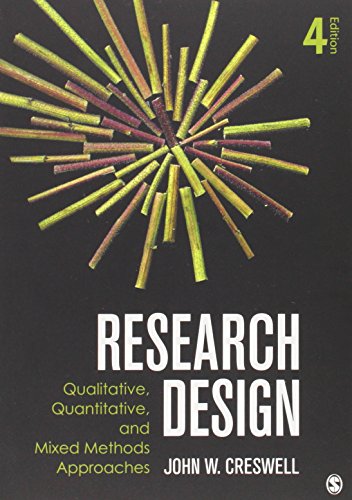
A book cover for Research Design: Qualitative, Quantitative, and Mixed Methods Approaches, 4th Edition; John W. Creswell; Politics & Social Sciences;